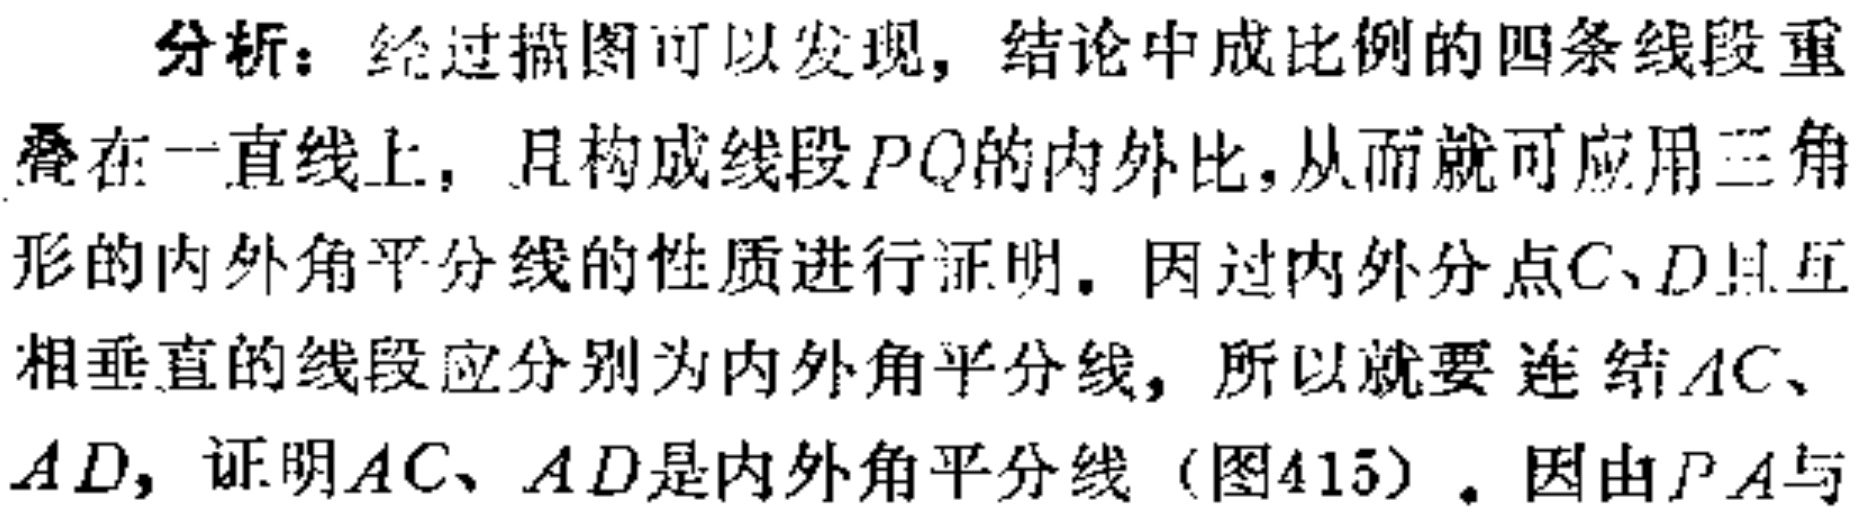
分析：经过描图可以发现，结论中成比例的四条线段重叠在一直线上，且构成线段 \(PQ\)的内外比，从而就可应用三角形的内外角平分线的性质进行证明。因过内外分点 \(C、D\)且互相垂直的线段应分别为内外角平分线，所以就要 连结 \(AC、AD\)，证明 \(AC、AD\)是内外角平分线（图415）。因由 \(PA\)与